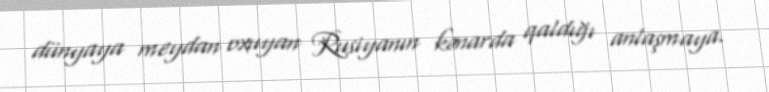
dünyaya meydan oxuyan Rusiyanın kənarda qaldığı anlaşmaya.